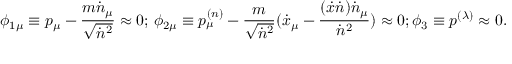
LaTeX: \phi _ { 1 \mu } \equiv p _ { \mu } - { \frac { m \dot { n } _ { \mu } } { \sqrt { \dot { n } ^ { 2 } } } } \approx 0 ; \, \nonumber \phi _ { 2 \mu } \equiv p _ { \mu } ^ { ( n ) } - { \frac { m } { \sqrt { \dot { n } ^ { 2 } } } } ( { \dot { x } } _ { \mu } - { \frac { ( \dot { x } \dot { n } ) { \dot { n } } _ { \mu } } { { \dot { n } } ^ { 2 } } } ) \approx 0 ; \phi _ { 3 } \equiv p ^ { ( \lambda ) } \approx 0 .